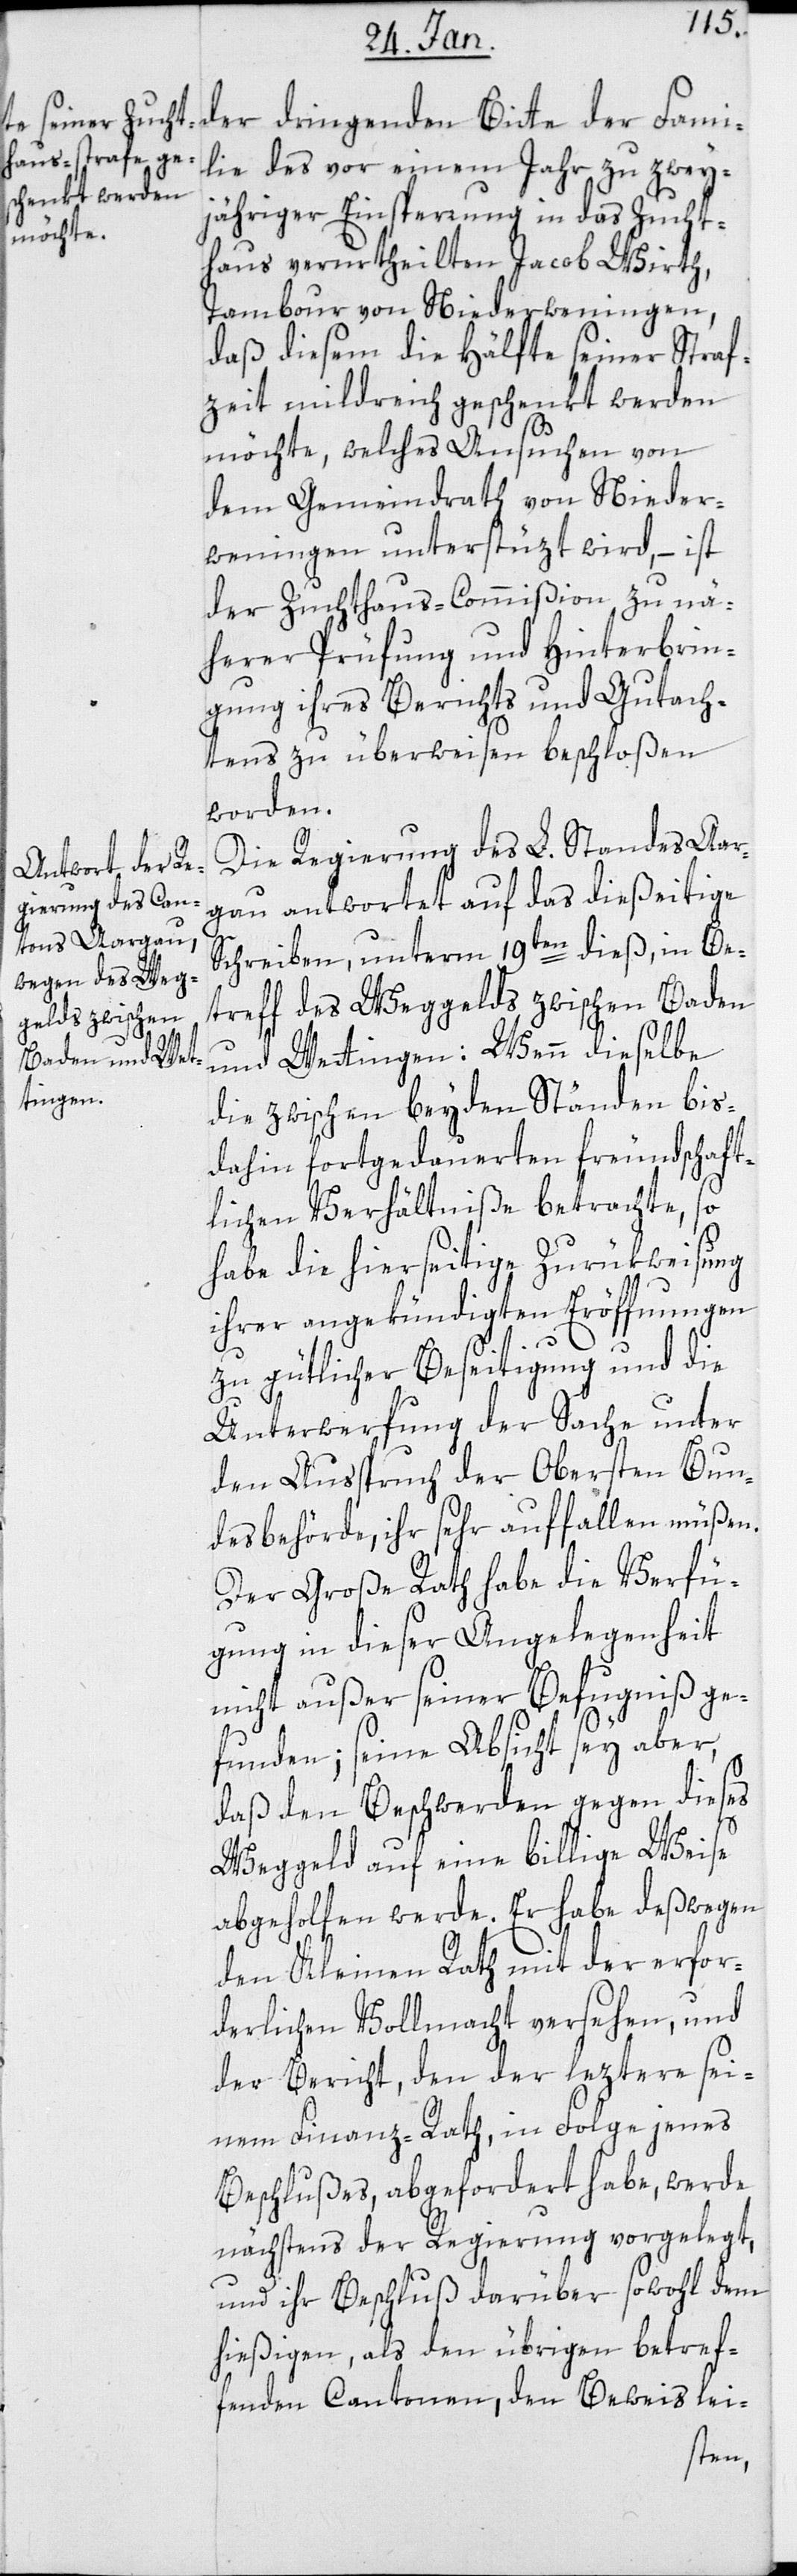
lie des vor einem Jahr zu zwey¬
jähriger Einsperrung in das Zucht¬
haus verurteilten Jacob Wirth,
Tambour von Niederweningen,
daß diesem die Hälfte seiner Straf¬
zeit mildreich geschenkt werden
möchte, welches Ansuchen von
dem Gemeindrath von Nieder¬
wenigen unterstützt wird, – ist
der Zuchthaus-Commißion zu nä¬
herer Prüfung und Hinterbrin¬
gung ihres Berichts und Gutach¬
tens zu überweisen beschloßen
worden.
Die Regierung des L. Standes Aar¬
gau antwortet auf das dießeitige
Schreiben, unterm 19ten dieß, in Be¬
treff des Weggelds zwischen Baden
und Wettingen: Wenn dieselbe
die zwischen beyden Ständen bis¬
dahin fortgedauerten freundschaft¬
lichen Verhältniße betrachte, so
habe die hierseitige Zurükweisung
ihrer angekündigten Eröffnungen
Fami¬
zu gütlicher Beseitigung und die
Unterwerfung der Sache unter
den Ausspruch der Obersten Bun¬
desbehörde, ihr sehr auffallen müßen.
Der Große Rath habe die Verfü¬
gung in dieser Angelegenheit
nicht außer seiner Befugniß ge¬
funden; seine Absicht sey aber,
daß den Beschwerden gegen dieses
Weggeld auf eine billige Weise
abgeholfen werde. Er habe deßwegen
den Kleinen Rath mit der erfor¬
derlichen Vollmacht versehen, und
der Bericht, den der letztere sei¬
nem Finanz-Rath, in Folge jenes
Beschlußes, abgefordert habe, werde
nächstens der Regierung vorgelegt,
und ihr Beschluß darüber sowohl dem
hießigen, als den übrigen betref¬
fenden Cantonen, den Beweis lei-